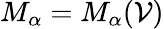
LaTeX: M_{\alpha}=M_{\alpha}(\mathcal{V})